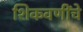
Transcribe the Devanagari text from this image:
शिकवणींचे